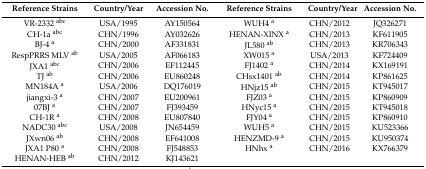
<table><thead><tr><td><b>Reference Strains</b></td><td><b>Country/Year</b></td><td><b>Accession No.</b></td><td><b>Reference Strains</b></td><td><b>Country/Year</b></td><td><b>Accession No.</b></td></tr></thead><tbody><tr><td>VR-2332 <sup>abc</sup></td><td>USA/1995</td><td>AY150564</td><td>WUH4 <sup>a</sup></td><td>CHN/2012</td><td>JQ326271</td></tr><tr><td>CH-1a <sup>abc</sup></td><td>CHN/1996</td><td>AY032626</td><td>HENAN-XINX <sup>a</sup></td><td>CHN/2013</td><td>KF611905</td></tr><tr><td>BJ-4 <sup>a</sup></td><td>CHN/2000</td><td>AF331831</td><td>JL580 <sup>ab</sup></td><td>CHN/2013</td><td>KR706343</td></tr><tr><td>RespPRRS MLV <sup>ab</sup></td><td>USA/2005</td><td>AF066183</td><td>XW015 <sup>a</sup></td><td>USA/2013</td><td>KF724409</td></tr><tr><td>JXA1 <sup>abc</sup></td><td>CHN/2006</td><td>EF112445</td><td>FJ1402 <sup>a</sup></td><td>CHN/2014</td><td>KX169191</td></tr><tr><td>TJ <sup>ab</sup></td><td>CHN/2006</td><td>EU860248</td><td>CHsx1401 <sup>ab</sup></td><td>CHN/2014</td><td>KP861625</td></tr><tr><td>MN184A <sup>a</sup></td><td>USA/2006</td><td>DQ176019</td><td>HNjz15 <sup>ab</sup></td><td>CHN/2015</td><td>KT945017</td></tr><tr><td>jiangxi-3 <sup>a</sup></td><td>CHN/2007</td><td>EU200961</td><td>FJZ03 <sup>a</sup></td><td>CHN/2015</td><td>KP860909</td></tr><tr><td>07BJ <sup>a</sup></td><td>CHN/2007</td><td>FJ393459</td><td>HNyc15 <sup>a</sup></td><td>CHN/2015</td><td>KT945018</td></tr><tr><td>CH-1R <sup>a</sup></td><td>CHN/2008</td><td>EU807840</td><td>FJY04 <sup>a</sup></td><td>CHN/2015</td><td>KP860910</td></tr><tr><td>NADC30 <sup>abc</sup></td><td>USA/2008</td><td>JN654459</td><td>WUH5 <sup>a</sup></td><td>CHN/2015</td><td>KU523366</td></tr><tr><td>JXwn06 <sup>ab</sup></td><td>CHN/2008</td><td>EF641008</td><td>HENZMD-9 <sup>a</sup></td><td>CHN/2015</td><td>KU950374</td></tr><tr><td>JXA1 P80 <sup>a</sup></td><td>CHN/2008</td><td>FJ548853</td><td>HNhx <sup>a</sup></td><td>CHN/2016</td><td>KX766379</td></tr><tr><td>HENAN-HEB <sup>ab</sup></td><td>CHN/2012</td><td>KJ143621</td><td></td><td></td><td></td></tr></tbody></table>